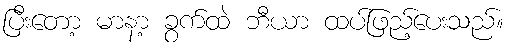
ပြီးတော့ မာနာ့ ခွက်ထဲ ဘီယာ ထပ်ဖြည့်ပေးသည်။